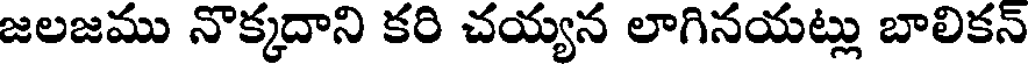
జలజము నొక్కదాని కరి చయ్యన లాగినయట్లు బాలికన్